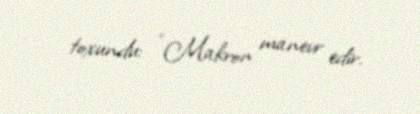
toxundu: “Makron manevr edir.